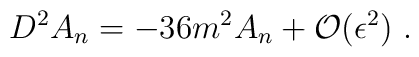
D^2 A_n = -36m^2A_n+{\cal O}(\epsilon^2)\ .